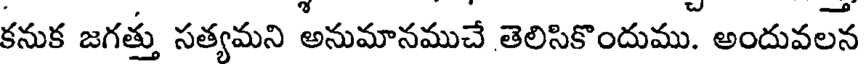
కనుక జగత్తు సత్యమని అనుమానముచే తెలిసికొందుము. అందువలన